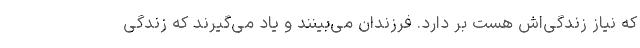
که نیاز زندگی‌اش هست بر دارد. فرزندان می‌بینند و یاد می‌گیرند که زندگی